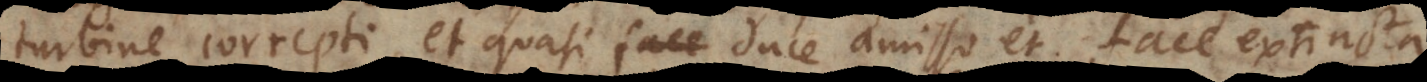
turbine correpti, et quasi duce amisso et face extincta